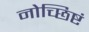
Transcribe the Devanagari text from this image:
नोच्छिष्टं